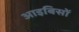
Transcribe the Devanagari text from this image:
आइबिसों